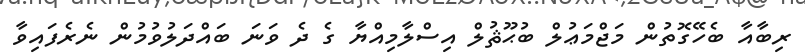
ރިބާއާ ބެހޭގޮތުން މަޖްމަޢުލް ބުޙޫޘުލް އިސްލާމިއްޔާ ގެ ދެ ވަނަ ބައްދަލުވުމުން ނެރެފައިވާ